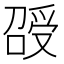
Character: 𠺥